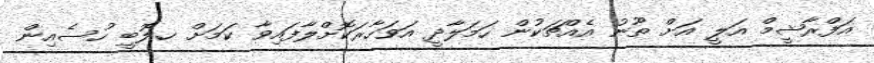
އަފްރާޝީމް އަލީ އަށް ތޫނު އެއްޗަކުން ހަމަލާދީ އަވަހާރަކޮށްލާފައިވާ ކަމަށް ހ.ލޮބީ ހުސެއިން